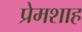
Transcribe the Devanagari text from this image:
प्रेमशाह